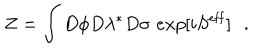
Z = \int D \phi D \lambda ^ { * } D \sigma \, \, e x p [ i S ^ { \mathrm { e f f } } ] \, \, \, \, .